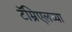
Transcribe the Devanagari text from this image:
टॅम्रिएलच्या